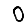
Digit: 0